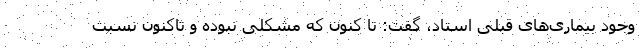
وجود بیماری‌های قبلی استاد، گفت: تا کنون که مشکلی نبوده و تاکنون نسبت